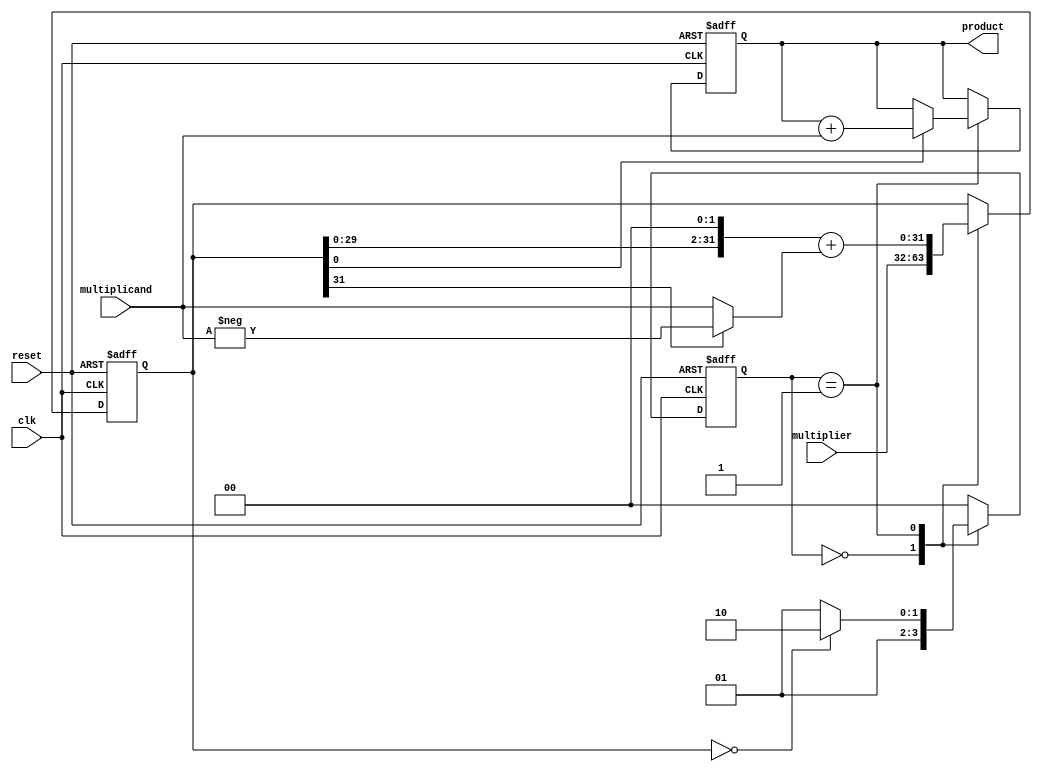
module unsigned_multiplier (
    input wire clk,
    input wire reset,
    input wire [31:0] multiplier,
    input wire [31:0] multiplicand,
    output reg [63:0] product
);

reg [31:0] partial_product;
reg [1:0] stage;

always @(posedge clk or posedge reset) begin
    if (reset) begin
        product <= 64'b0;
        stage <= 2'b00;
        partial_product <= 32'b0;
    end else begin
        case (stage)
            2'b00: begin // Initialization
                partial_product <= multiplier;
                stage <= 2'b01;
            end
            2'b01: begin // Perform multiplication
                if (partial_product[0] == 1'b1) begin
                    product <= product + {32'b0, multiplicand};
                end
                partial_product <= {partial_product[30:0], 2'b0} + (partial_product[31] ? -multiplicand : multiplicand);
                stage <= 2'b01;
                
                if (partial_product == 32'b0) begin
                    stage <= 2'b10;
                end
            end
            default: begin
                stage <= 2'b00;
            end
        endcase
    end
end

endmodule